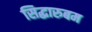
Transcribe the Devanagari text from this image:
सिद्धारुबम